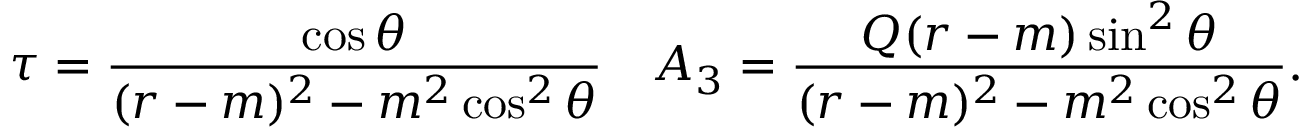
\tau = { \frac { \cos \theta } { ( r - m ) ^ { 2 } - m ^ { 2 } \cos ^ { 2 } \theta } } \quad A _ { 3 } = { \frac { Q ( r - m ) \sin ^ { 2 } \theta } { ( r - m ) ^ { 2 } - m ^ { 2 } \cos ^ { 2 } \theta } } .